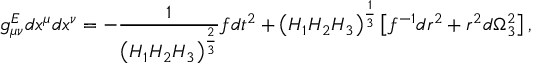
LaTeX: g _ { \mu \nu } ^ { E } d x ^ { \mu } d x ^ { \nu } = - { \frac { 1 } { \left( H _ { 1 } H _ { 2 } H _ { 3 } \right) ^ { \frac { 2 } { 3 } } } } f d t ^ { 2 } + \left( H _ { 1 } H _ { 2 } H _ { 3 } \right) ^ { \frac { 1 } { 3 } } \left[ f ^ { - 1 } d r ^ { 2 } + r ^ { 2 } d \Omega _ { 3 } ^ { 2 } \right] ,